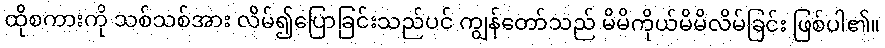
ထိုစကားကို သစ်သစ်အား လိမ်၍ပြောခြင်းသည်ပင် ကျွန်တော်သည် မိမိကိုယ်မိမိလိမ်ခြင်း ဖြစ်ပါ၏။